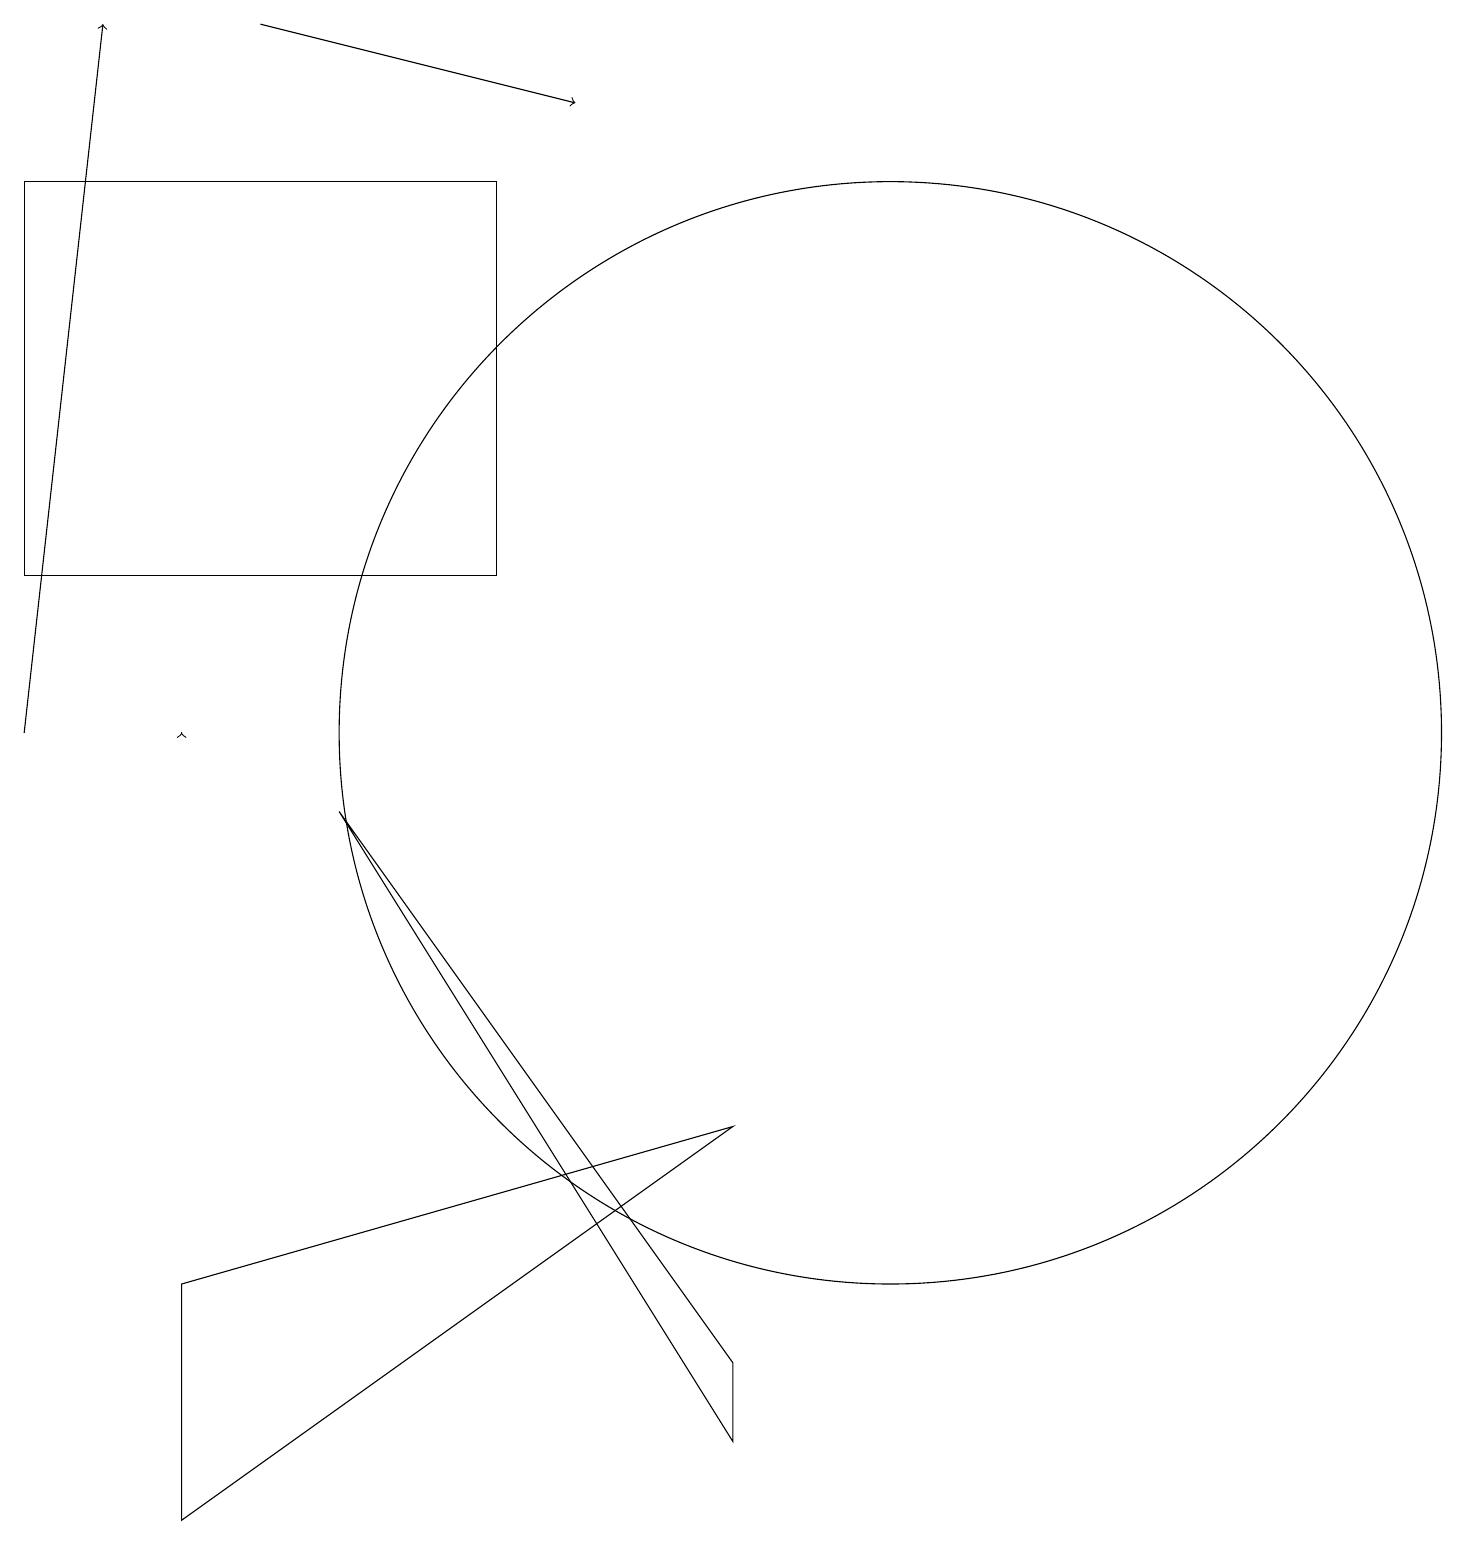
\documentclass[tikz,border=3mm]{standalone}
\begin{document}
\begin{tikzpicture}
\draw (0,17) rectangle (6,12);
\draw[->] (3,19) -- (7,18);
\draw (9,1) -- (9,2) -- (4,9) -- cycle;
\draw[->] (0,10) -- (1,19);
\draw (11,10) circle (7);
\draw (2,0) -- (2,3) -- (9,5) -- cycle;
\draw[->] (2,10) -- (2,10);
\draw (11,11) circle (0);
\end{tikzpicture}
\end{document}